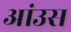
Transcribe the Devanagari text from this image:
आंउस